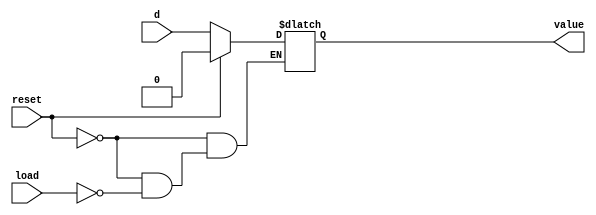
module carry_register (load, d, value,reset);
input load;
input d;
input reset;
output reg value;

always @ (d or load or reset)
begin
if(reset)
value = 1'b0;
else
if(load) value = d;
end

endmodule